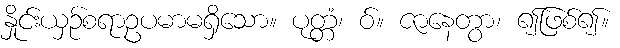
နှိုင်းယှဉ်စရာဥပမာမရှိသော။ ပုတ္တံ၊ ဝ်။ ဇာနေတွာ၊ ၍ဖြစ်၍။